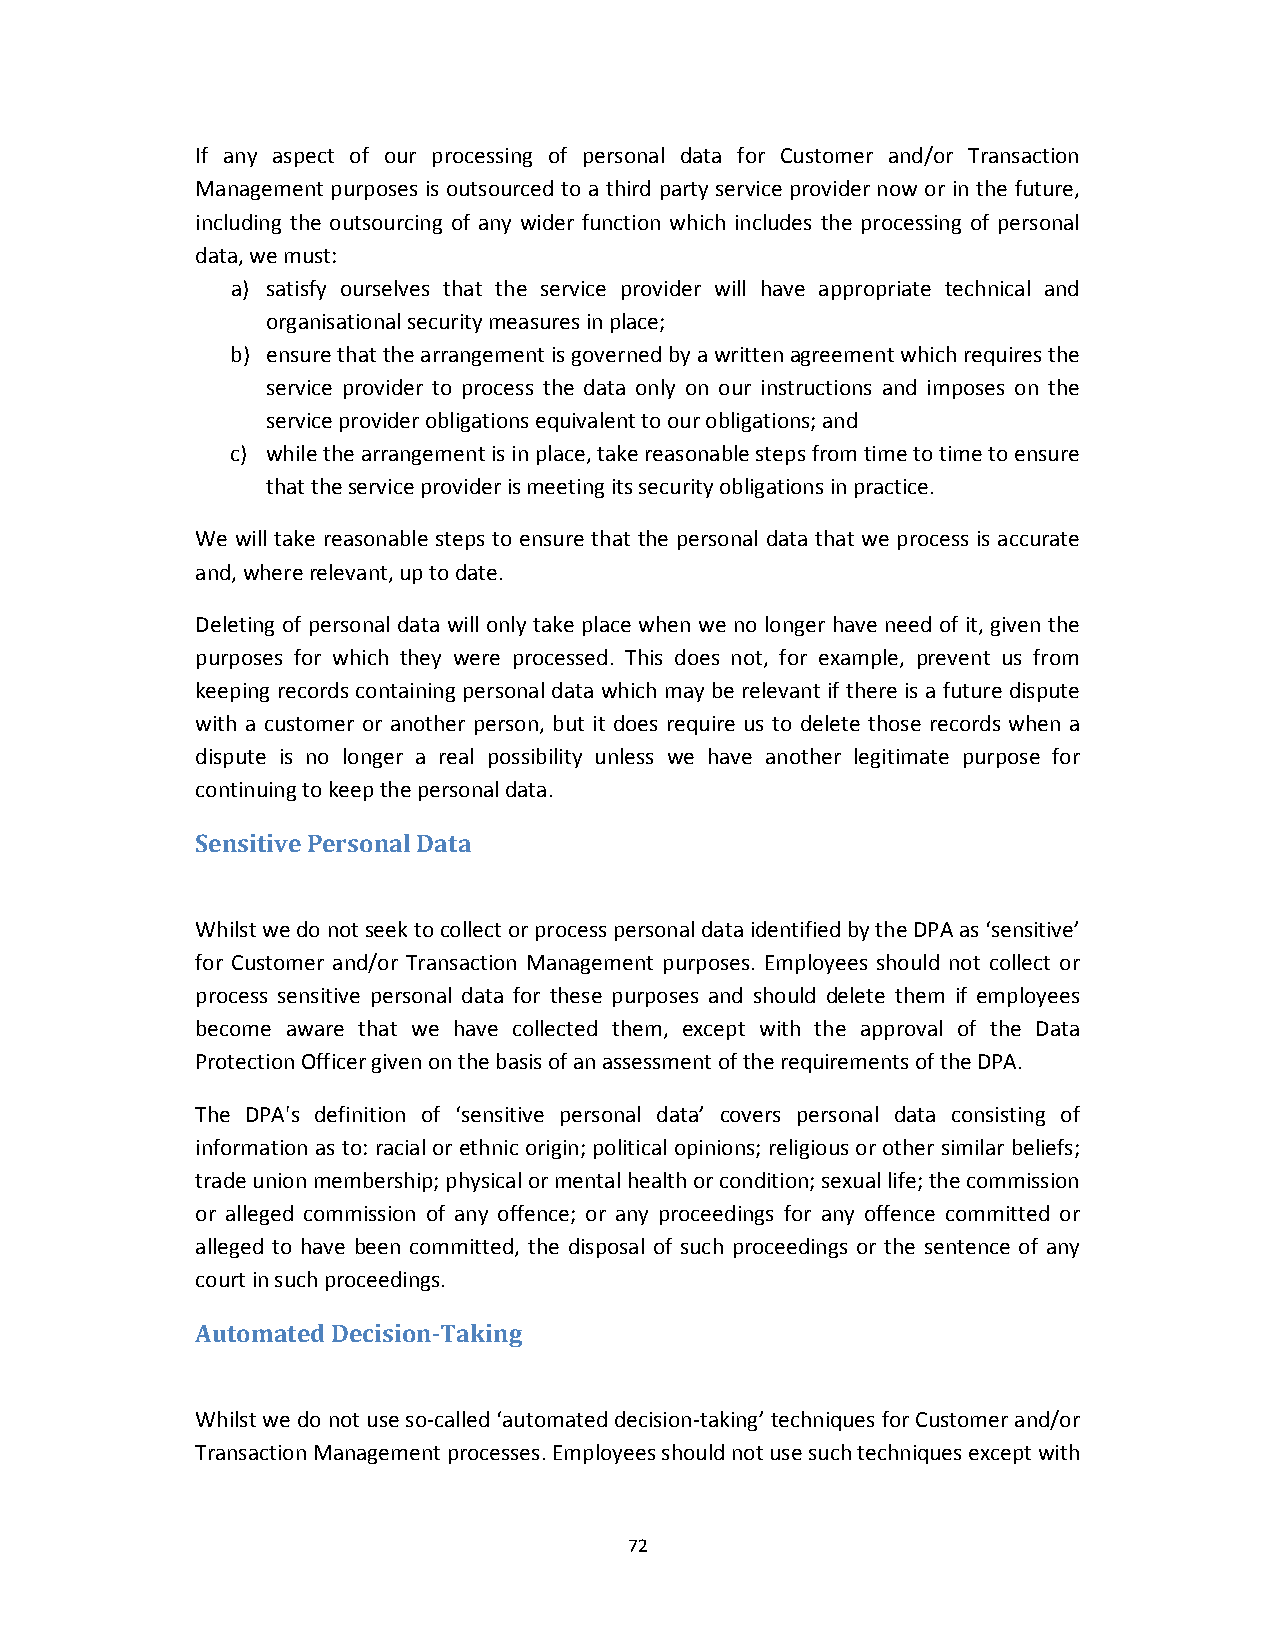
If any aspect of our processing of personal data for Customer and/or Transaction
 Management purposes is outsourced to a third party service provider now or in the future,
 including the outsourcing of any wider function which includes the processing of personal
 data, we must:
 a) satisfy ourselves that the service provider will have appropriate technical and
 organisational security measures in place;
 b) ensure that the arrangement is governed by a written agreement which requires the
 service provider to process the data only on our instructions and imposes on the
 service provider obligations equivalent to our obligations; and
 c) while the arrangement is in place, take reasonable steps from time to time to ensure
 that the service provider is meeting its security obligations in practice.
 We will take reasonable steps to ensure that the personal data that we process is accurate
 and, where relevant, up to date.
 Deleting of personal data will only take place when we no longer have need of it, given the
 purposes for which they were processed. This does not, for example, prevent us from
 keeping records containing personal data which may be relevant if there is a future dispute
 with a customer or another person, but it does require us to delete those records when a
 dispute is no longer a real possibility unless we have another legitimate purpose for
 continuing to keep the personal data.
 Sensitive Personal Data
 Whilst we do not seek to collect or process personal data identified by the DPA as ‘sensitive’
 for Customer and/or Transaction Management purposes. Employees should not collect or
 process sensitive personal data for these purposes and should delete them if employees
 become aware that we have collected them, except with the approval of the Data
 Protection Officer given on the basis of an assessment of the requirements of the DPA.
 The DPA's definition of ‘sensitive personal data’ covers personal data consisting of
 information as to: racial or ethnic origin; political opinions; religious or other similar beliefs;
 trade union membership; physical or mental health or condition; sexual life; the commission
 or alleged commission of any offence; or any proceedings for any offence committed or
 alleged to have been committed, the disposal of such proceedings or the sentence of any
 court in such proceedings.
 Automated Decision‐Taking
 Whilst we do not use so‐called ‘automated decision‐taking’ techniques for Customer and/or
 Transaction Management processes. Employees should not use such techniques except with
 72